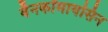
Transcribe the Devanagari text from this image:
वैनकॉमायसिन